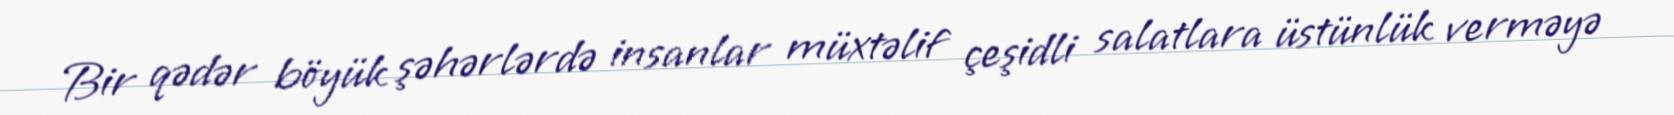
Bir qədər böyük şəhərlərdə insanlar müxtəlif çeşidli salatlara üstünlük verməyə